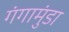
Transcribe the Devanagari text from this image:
गंगामुंडा